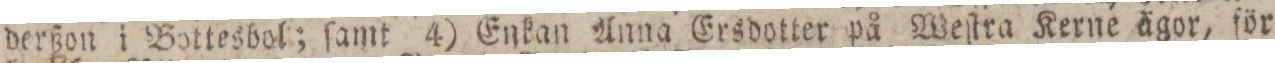
derßon i Bottesbol; ſamt 4) Enkan Anna Ersdotter på Weſtra Kerne ägor, för